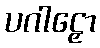
ပဂါဠှော